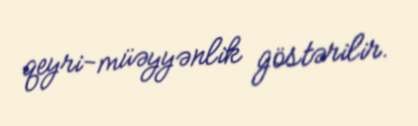
qeyri-müəyyənlik göstərilir.